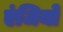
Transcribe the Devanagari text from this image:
एंजियो